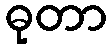
ဓုတာ